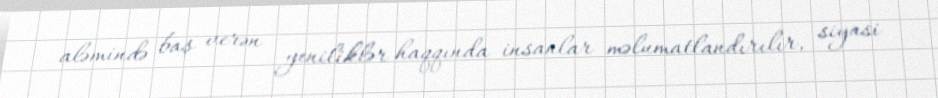
aləmində baş verən yeniliklər haqqında insanlar məlumatlandırılır, siyasi